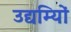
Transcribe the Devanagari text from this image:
उद्यम्यिों